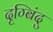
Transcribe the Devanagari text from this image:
दृग्बिंदु